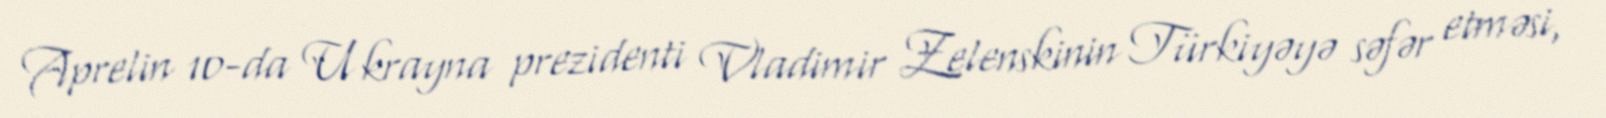
Aprelin 10-da Ukrayna prezidenti Vladimir Zelenskinin Türkiyəyə səfər etməsi,